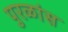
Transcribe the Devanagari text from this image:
पुरळांस